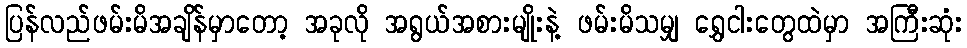
ပြန်လည်ဖမ်းမိအချိန်မှာတော့ အခုလို အရွယ်အစားမျိုးနဲ့ ဖမ်းမိသမျှ ရွှေငါးတွေထဲမှာ အကြီးဆုံး